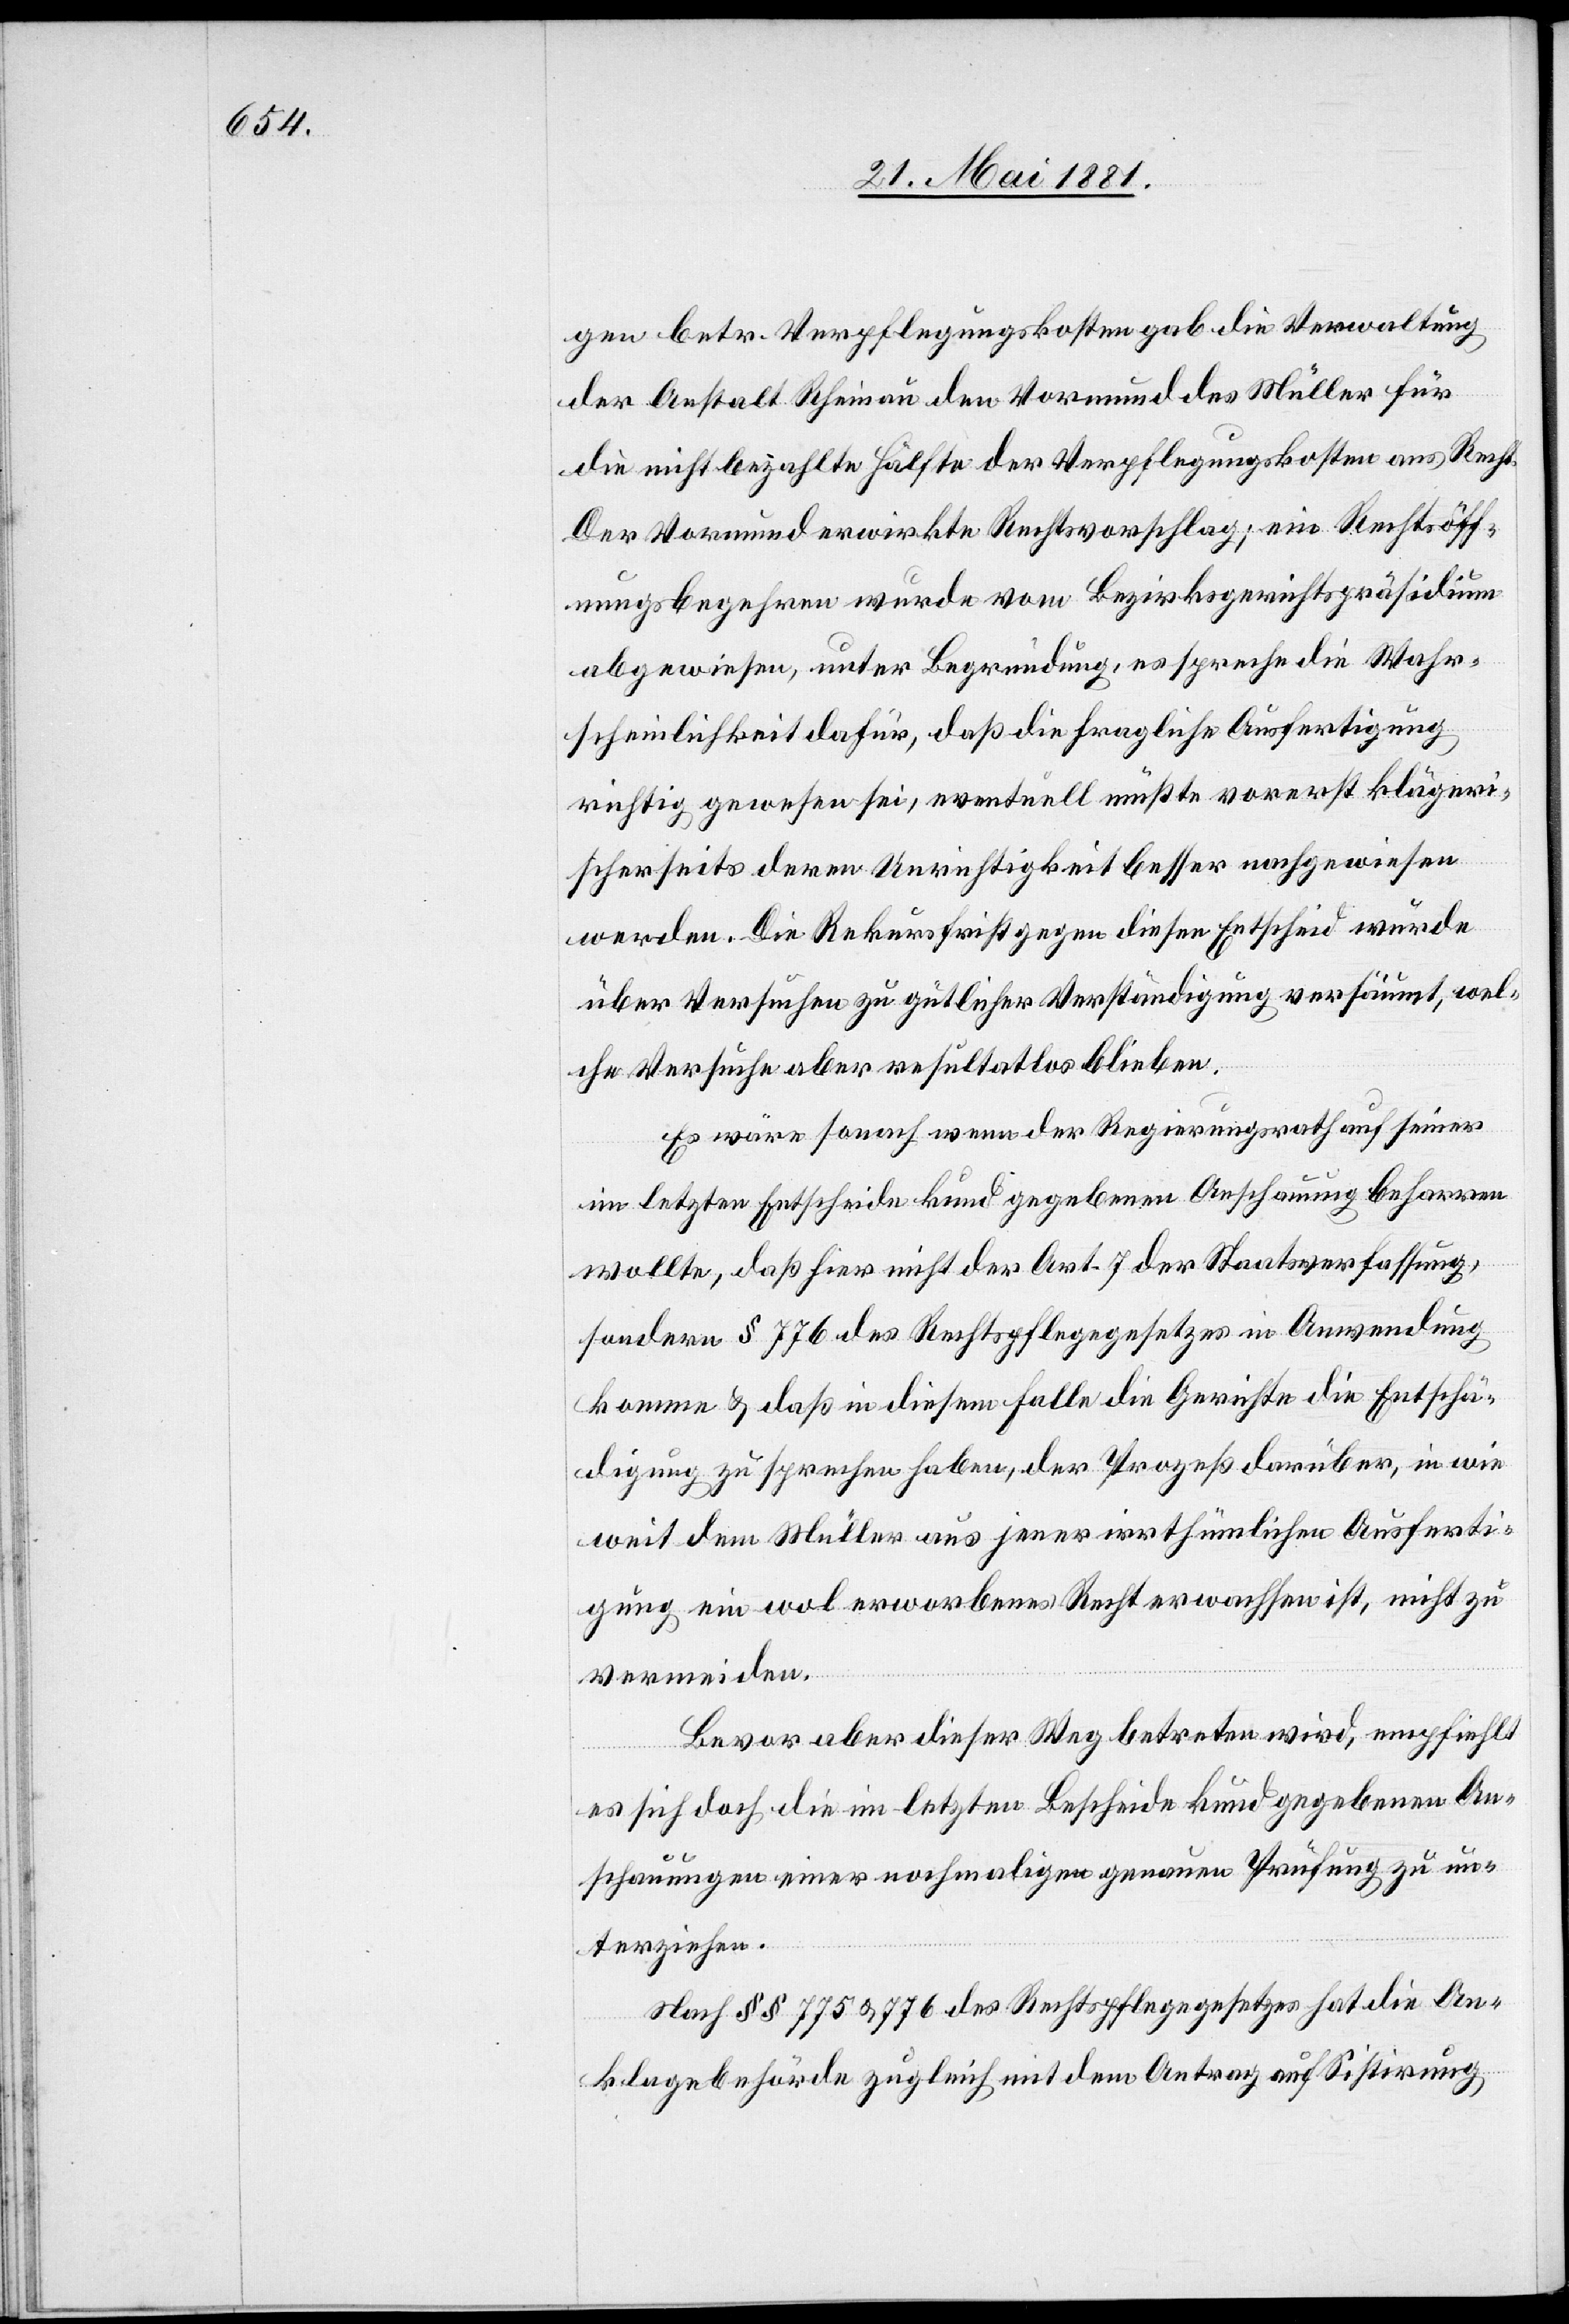
gen betr. Verpflegungskosten gab die Verwaltung
der Anstalt Rheinau den Vormund des Müller für
die nicht bezahlte Hälfte der Verpflegungskosten ans Recht.
Der Vormund erwirkte Rechtsvorschlag; ein Rechtsöff¬
nungsbegehren wurde vom Bezirksgerichtspräsidium
abgewiesen, unter Begründung, es spreche die Wahr¬
scheinlichkeit dafür, daß die fragliche Ausfertigung
richtig gewesen sei, eventuelle müßte vorerst klägeri¬
scherseits deren Unrichtigkeit besser nachgewiesen
werden. Die Rekursfrist gegen diesen Entscheid wurde
über Versuchen zu güthlicher Verständigung versäumt, wel¬
che Versuche aber resultatlos blieben.
Es wäre sonach wenn der Regierungsrath auf seiner
im letzten Entscheide kund gegebenen Anschauung beharren
wollte, daß hier nicht der Art. 7 der Staatsverfassung,
sondern § 776 des Rechtspflegegesetzes in Anwendung
komme & daß in diesem Falle die Gerichte die Entschä¬
digung zu sprechen haben, der Prozeß darüber, in wie
weit dem Müller aus jener irrthümlichen Ausferti¬
gung ein wol erworbenes Recht erwachsen ist, nicht zu
vermeiden.
Bevor aber dieser Weg betreten wird, empfiehlt
es sich doch, die im letzten Bescheide kund gegebenen An¬
schauungen einer nochmaliger genauen Prüfung zu un¬
terziehen.
Nach §§ 775 & 776 des Rechtspflegegesetzes hat die An¬
klagebehörde zugleich mit dem Antrag auf Sistirung